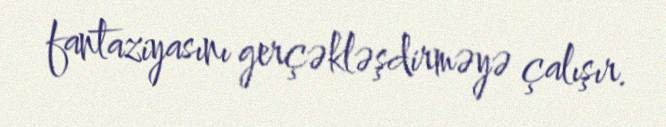
fantaziyasını gerçəkləşdirməyə çalışır.